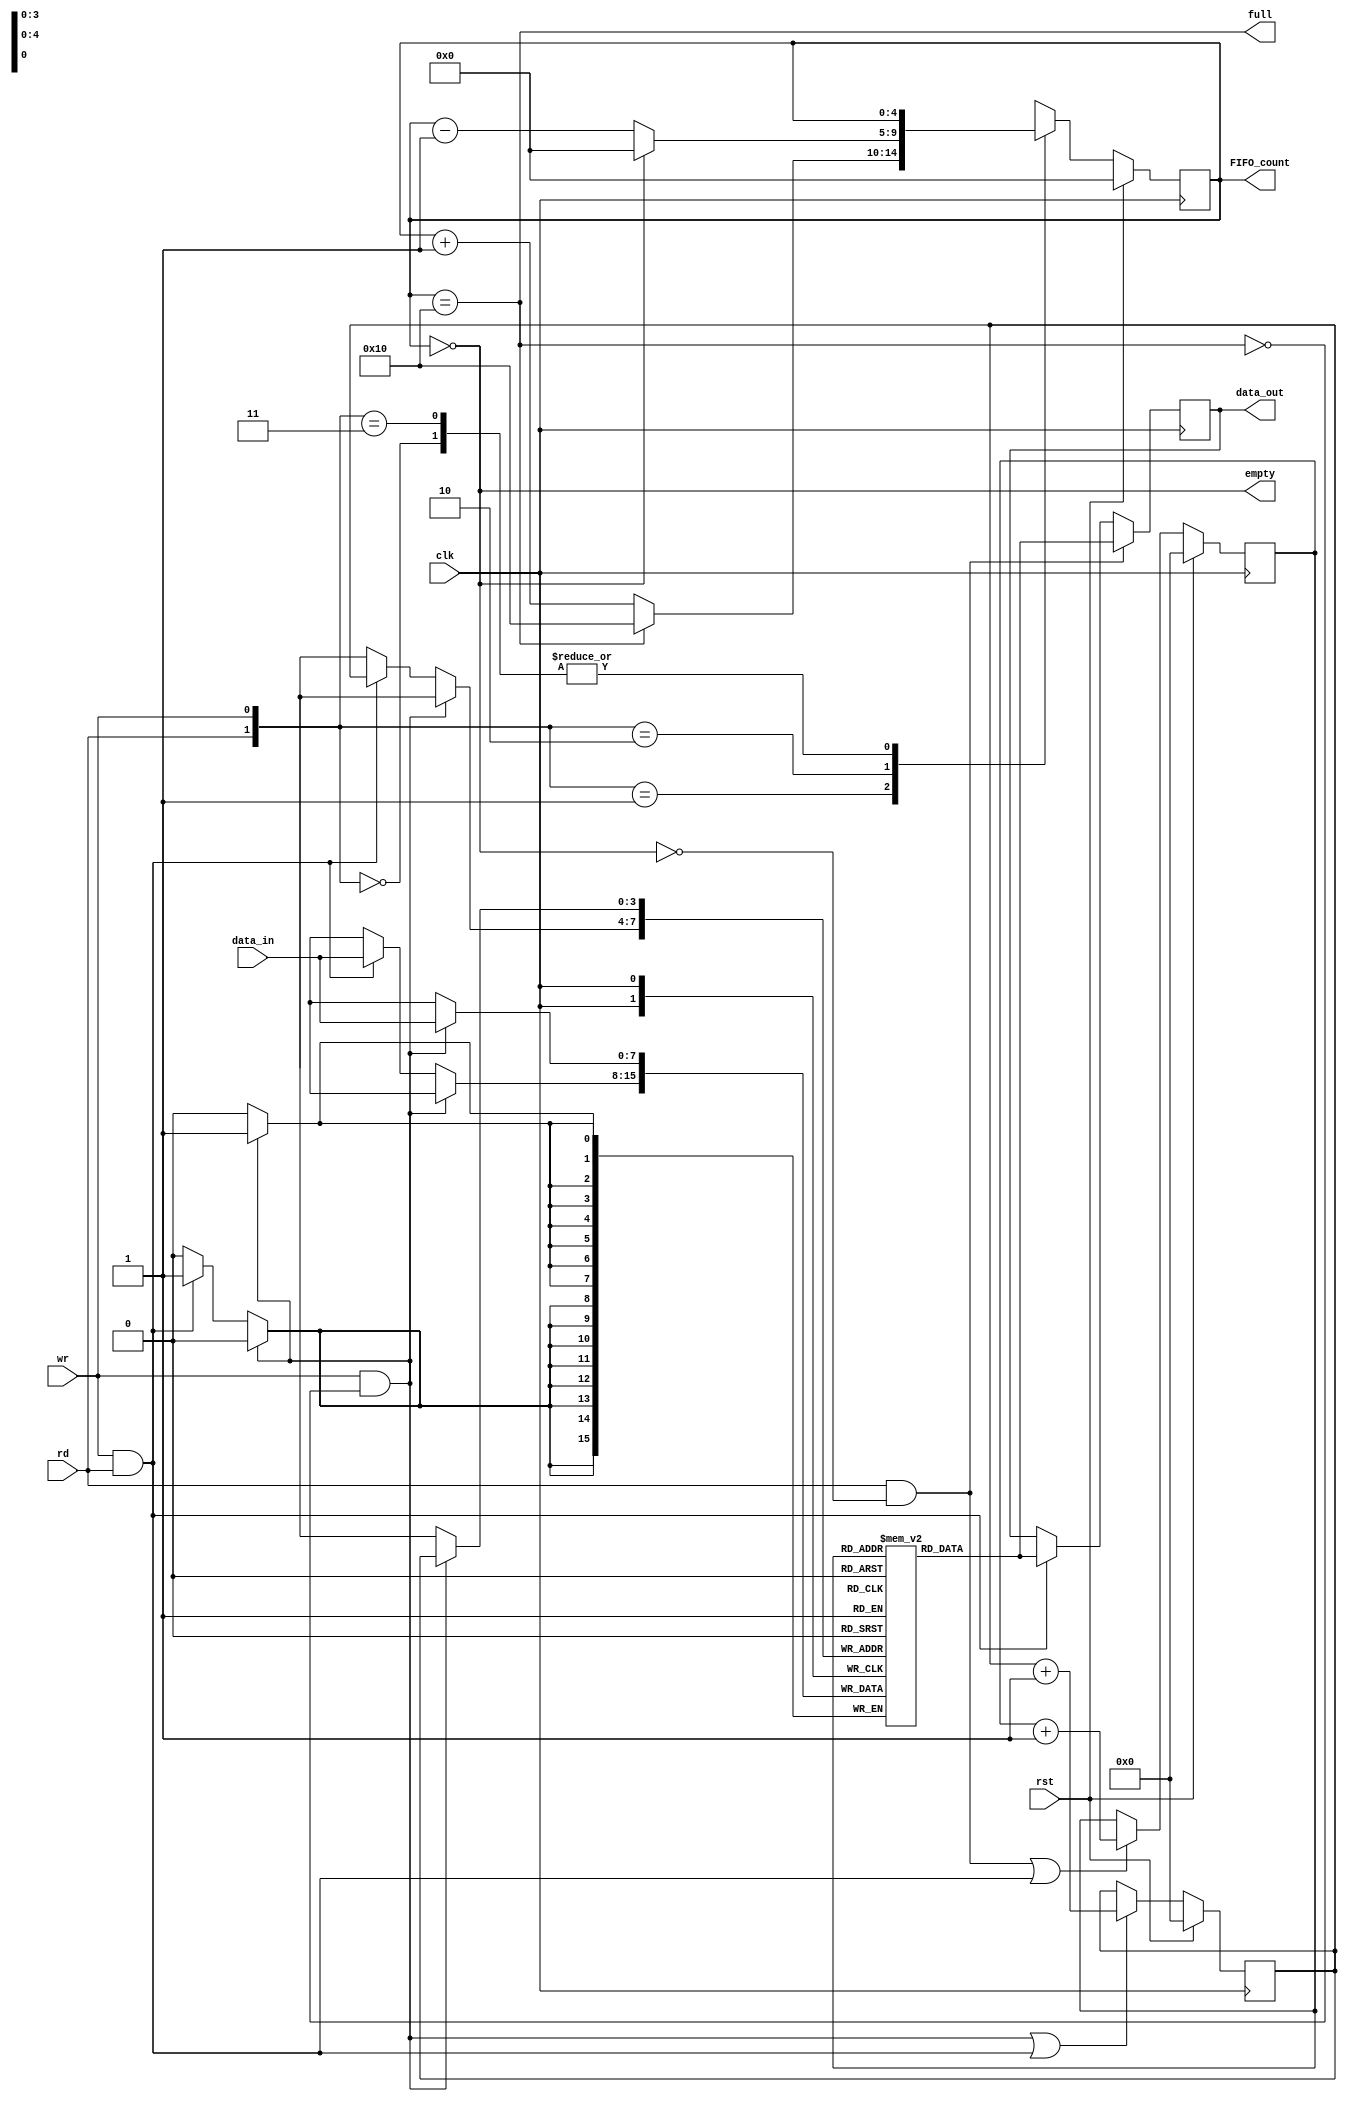
module FIFO_synchronous(input [7:0]data_in, 
						input clk,rst,rd,wr,
						output reg empty,full,
						output reg [4:0] FIFO_count,
						output reg [7:0]data_out);
						
						
reg [7:0]FIFO_memory[15:0]; //16 memory locations, each of size 8-bits declared
reg [3:0]rd_ptr,wr_ptr;				
/*
4 bit pointer declared as 16 memory locations are present. 
5-bit FIFO_count is taken in order to flag full, as it's not possible
if 4 bit FIFO_count can count till only (0-15)
*/


always @(posedge clk)
begin							//write operation  block
	if(wr && !full)
	begin
		FIFO_memory[wr_ptr]<=data_in;
	end
	else if(wr&&rd)
	begin
		FIFO_memory[wr_ptr]<=data_in;
	end
end

always @(posedge clk)
begin							//read operation  block
	if(rd && !empty)
	begin
		data_out<=FIFO_memory[rd_ptr];
	end
	else if(rd&&wr)
	begin
		data_out<=FIFO_memory[rd_ptr];
	end
end


always @(posedge clk)
begin						//wr and rd ptr inc block
	if(rst)
	begin
		{wr_ptr,rd_ptr}<=0;
	end
	else
	begin
		wr_ptr<=((wr && !full)||(rd&&wr))?wr_ptr+1:wr_ptr;
		rd_ptr<=((rd && !empty)||(rd&&wr))?rd_ptr+1:rd_ptr;
	end
end


always @(posedge clk)
begin
	if(rst)
	begin
		FIFO_count<=0;
	end
	else
	begin
		case({rd,wr})
		2'b00:FIFO_count<=FIFO_count;
		2'b01:FIFO_count<=(FIFO_count==16)?16:FIFO_count+1;
		2'b10:FIFO_count<=(FIFO_count==0)?0:FIFO_count-1;
		2'b11:FIFO_count<=FIFO_count;
		endcase
	end
end
assign full = (FIFO_count==16);
assign empty = (FIFO_count==0);
endmodule